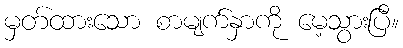
မှတ်ထားသော စာမျက်နှာကို မေ့သွားပြီ။